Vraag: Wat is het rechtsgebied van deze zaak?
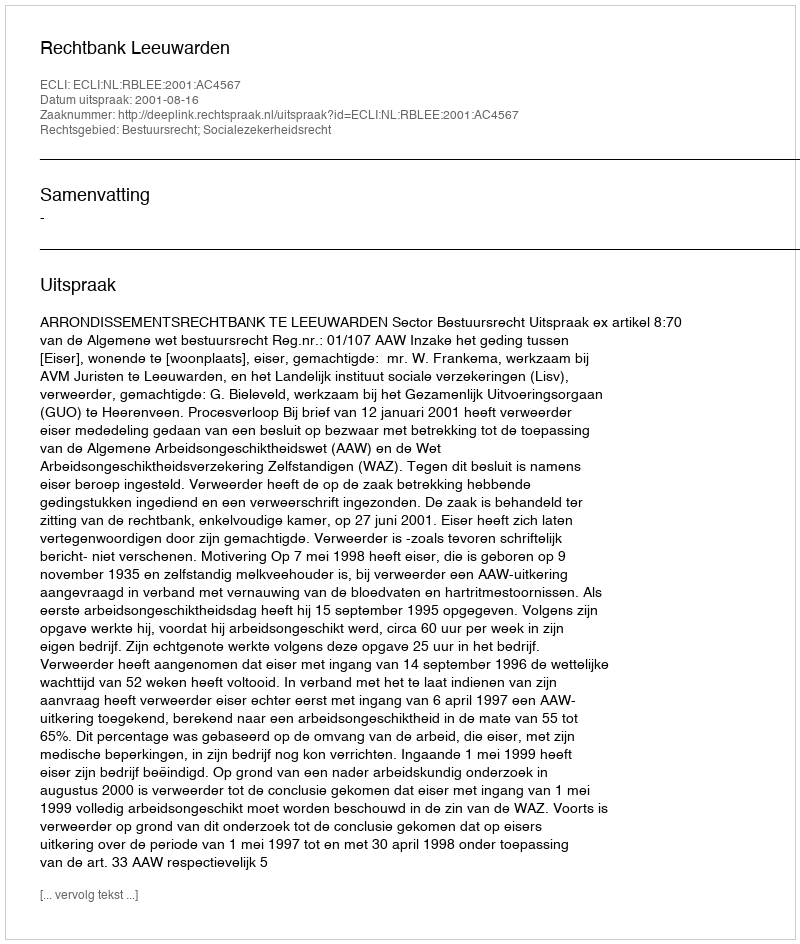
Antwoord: Bestuursrecht; Socialezekerheidsrecht